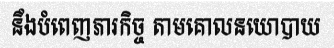
នឹងបំពេញភារកិច្ច តាមគោលនយោបាយ